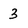
Character: 3